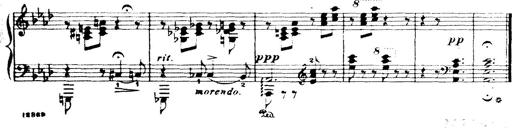
Title: Wagner-Liszt Album
Composer: Franz Liszt